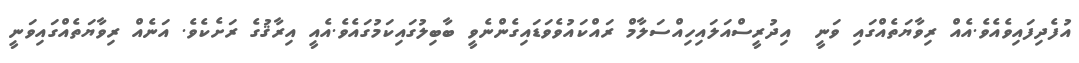
އުފެދިފައިވެއެވެ.އެއް ރިވާޔަތެއްގައި ވަނީ  އިދުރީސްއަލައިހިއްސަލާމް ރައްކައުވެވަޑައިގެންނެވީ ބާބިލުގައިކަމުގައެވެ.އެއީ އިރާޤުގެ ރަށެކެވެ. އަނެއް ރިވާޔަތެއްގައިވަނީ